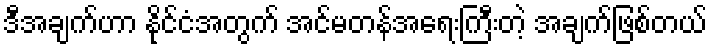
ဒီအချက်ဟာ နိုင်ငံအတွက် အင်မတန်အရေးကြီးတဲ့ အချက်ဖြစ်တယ်